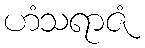
ဟံသရာဇံ